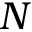
N